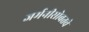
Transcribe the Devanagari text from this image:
जर्मनीसोबतचे